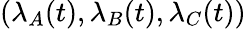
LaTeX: (\lambda_{A}(t),\lambda_{B}(t),\lambda_{C}(t))